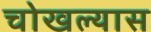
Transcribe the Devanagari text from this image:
चोखल्यास